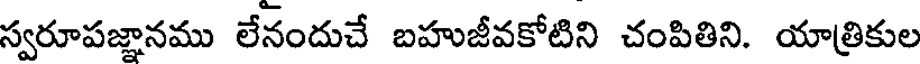
స్వరూపజ్ఞానము లేనందుచే బహుజీవకోటిని చంపితిని. యాత్రికుల